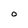
Character: O